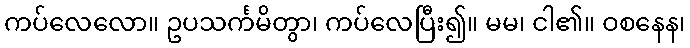
ကပ်လေလော။ ဥပသင်္ကမိတွာ၊ ကပ်လေပြီး၍။ မမ၊ ငါ၏။ ဝစနေန၊